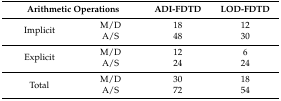
| <COLSPAN=2> Arithmetic Operations | ADI-FDTD | LOD-FDTD |
 | --- | --- | --- | --- |
 | <ROWSPAN=2> Implicit | M/D | 18 | 12 |
 | A/S | 48 | 30 |
 | <ROWSPAN=2> Explicit | M/D | 12 | 6 |
 | A/S | 24 | 24 |
 | <ROWSPAN=2> Total | M/D | 30 | 18 |
 | A/S | 72 | 54 |